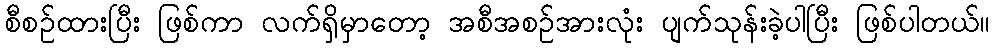
စီစဉ်ထားပြီး ဖြစ်ကာ လက်ရှိမှာတော့ အစီအစဉ်အားလုံး ပျက်သုန်းခဲ့ပါပြီး ဖြစ်ပါတယ်။